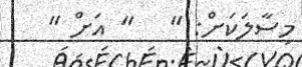
މިސާލަކަށް: "   " އަށް "